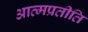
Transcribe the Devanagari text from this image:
आत्मप्रतीति